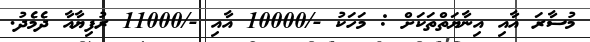
މުސާރަ އާއި އިނާޔަތްތަކަށް : މަހަކު -/10000 އާއި -/11000 ރުފިޔާއާ ދެމެދު.